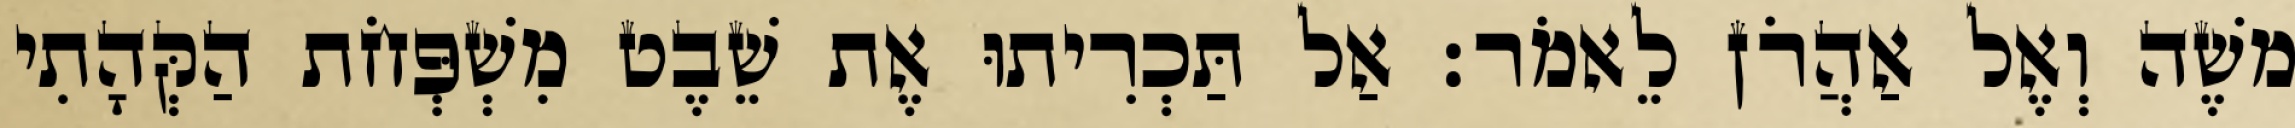
משֶׁה וְאֶל אַהֲרֹן לֵאמֹר׃ אַל תַּכְרִיתוּ אֶת שֵׁבֶט מִשְׁפְּחֹת הַקְּהָתִי